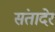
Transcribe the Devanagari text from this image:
संतादेर